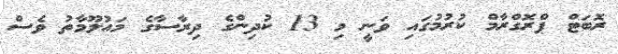
ރޮބަޓް ޕްރޮގްރާމް ކުރުމުގައި ވަނީ މި 13 ކުދިންގެ ދިރާސާގެ މައުލޫމާތު ވެސް